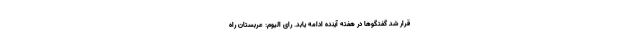
قرار شد گفتگوها در هفته آینده ادامه یابد. رای الیوم: عربستان راه